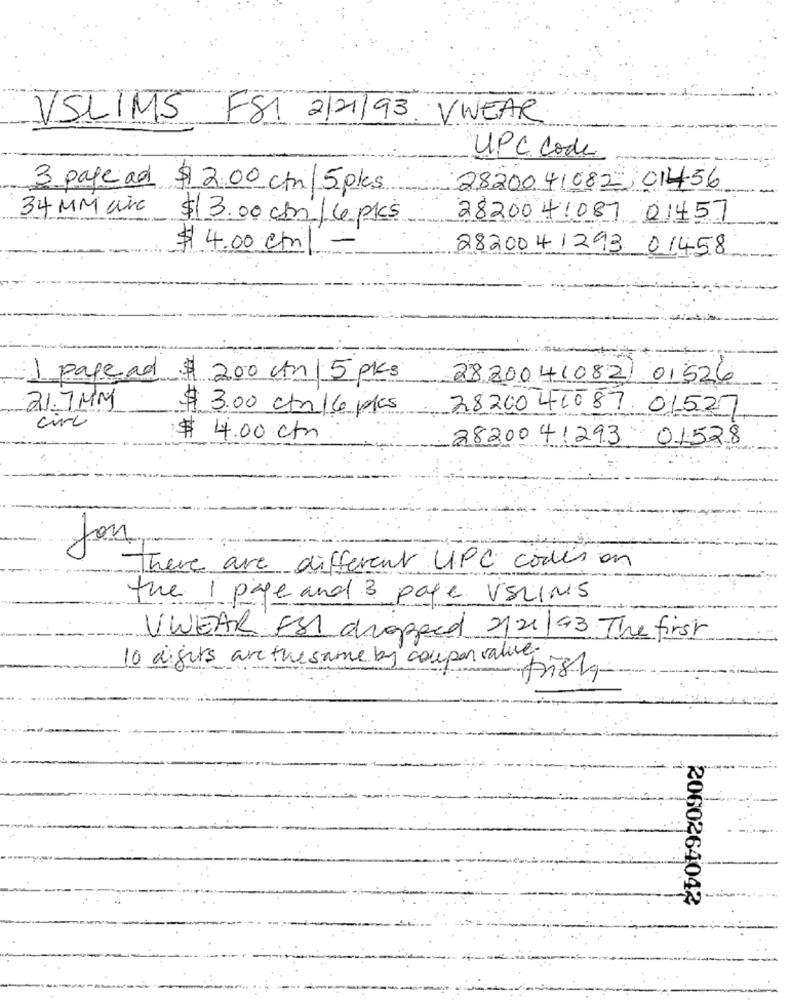
VSLIMS FSI 2/21/93.
VWEAR
UPC Code
3 pape ad $2.00 ct/5ples
28200 41082 01456
34 MM are
--
$13.00 cm /6 pk's
28200 41087 01457
$ 4.00 ct/
2820041293 01458
1 pape ad $ 200 can 5 pkcs
2820041082/ 01526
21.7 MM
$ 3.00 cm 16 pls
28200 41087 01527
circ
$ 4.00 cm
2820041293 01528
There are different UPC codes on
the 1 page and 3 page VELINS
VWEAR ESI dragged 2/21/93. The first
10 digits are the same by coupon value.
Frista
2060264042